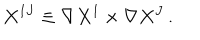
X ^ { I J } \equiv \nabla X ^ { I } \times \nabla X ^ { J } \, .